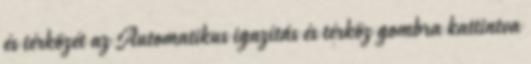
és térközét az Automatikus igazítás és térköz gombra kattintva